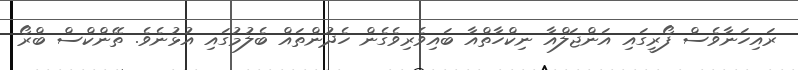
ރައިހަނާވެސް ފޯރީގައި އަންޖަލްއާ ނިކްހާތްއާ ބައިވެރިވެގެން ހެދުންތައް ބެލުމުގައި އުޅުނެވެ. ތޭންކްސް ބްރޯ